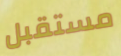
مستقبل